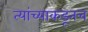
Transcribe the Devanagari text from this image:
त्‍यांच्याकडूनच